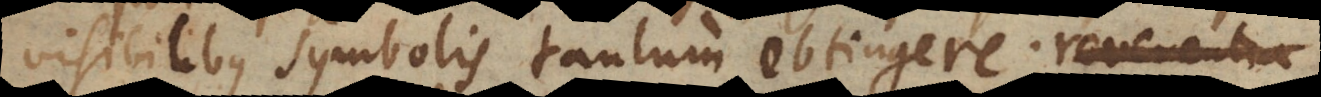
visibilibus symbolis tantum obtingere;